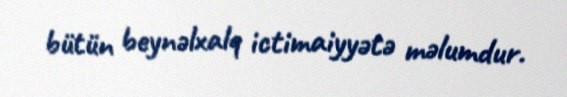
bütün beynəlxalq ictimaiyyətə məlumdur.